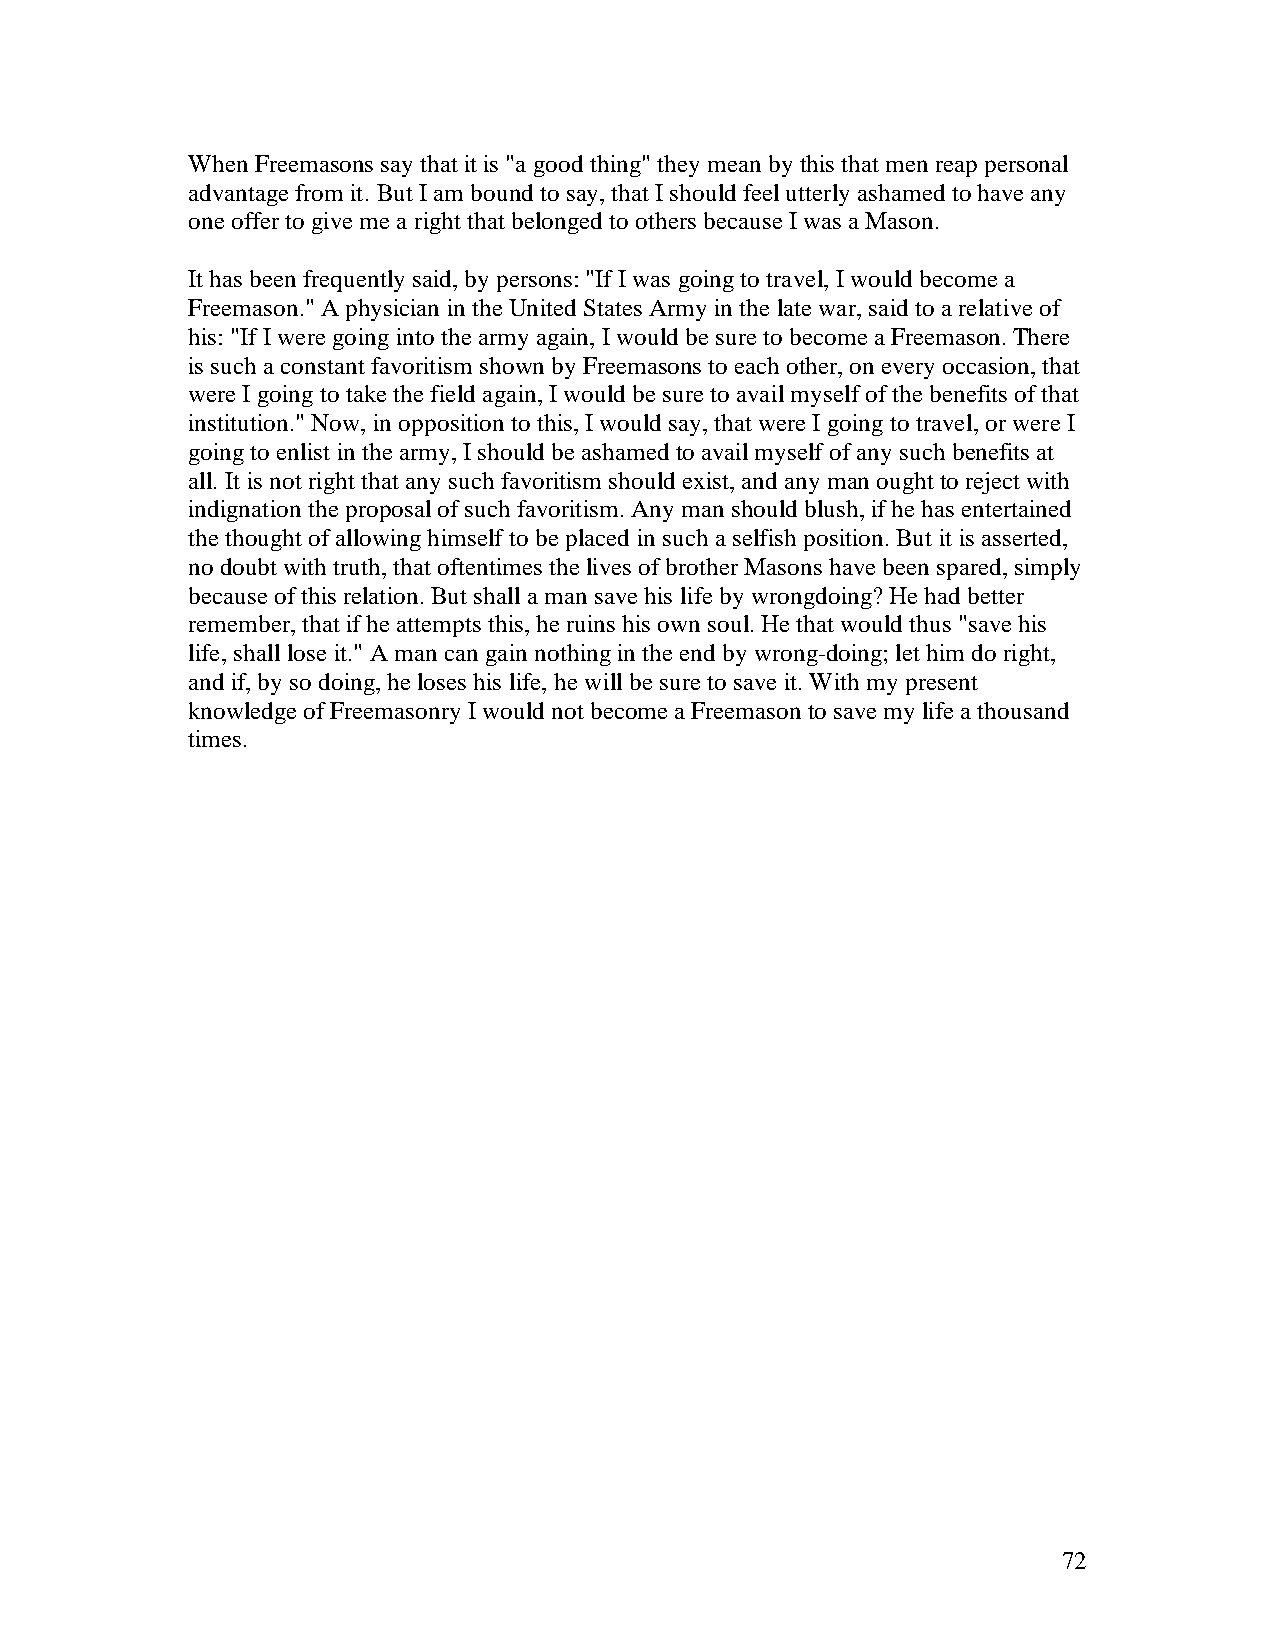
When Freemasons say that it is "a good thing" they mean by this that men reap personal
 advantage from it. But I am bound to say, that I should feel utterly ashamed to have any
 one offer to give me a right that belonged to others because I was a Mason.
 It has been frequently said, by persons: "If I was going to travel, I would become a
 Freemason." A physician in the United States Army in the late war, said to a relative of
 his: "If I were going into the army again, I would be sure to become a Freemason. There
 is such a constant favoritism shown by Freemasons to each other, on every occasion, that
 were I going to take the field again, I would be sure to avail myself of the benefits of that
 institution." Now, in opposition to this, I would say, that were I going to travel, or were I
 going to enlist in the army, I should be ashamed to avail myself of any such benefits at
 all. It is not right that any such favoritism should exist, and any man ought to reject with
 indignation the proposal of such favoritism. Any man should blush, if he has entertained
 the thought of allowing himself to be placed in such a selfish position. But it is asserted,
 no doubt with truth, that oftentimes the lives of brother Masons have been spared, simply
 because of this relation. But shall a man save his life by wrongdoing? He had better
 remember, that if he attempts this, he ruins his own soul. He that would thus "save his
 life, shall lose it." A man can gain nothing in the end by wrong-doing; let him do right,
 and if, by so doing, he loses his life, he will be sure to save it. With my present
 knowledge of Freemasonry I would not become a Freemason to save my life a thousand
 times.
 72